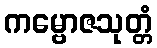
ကမ္ဗောဇသုတ္တံ